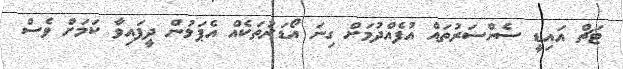
ޓަޗް އައިޑީ ސެންސަރުތައް އުފެއްދުމަށް ގިނަ އޯޑަރުތަކެއް އެޕަލުން ދީފައިވާ ކަމަށް ވެސް